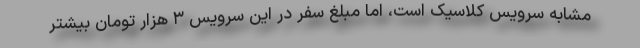
مشابه سرویس کلاسیک است، اما مبلغ سفر در این سرویس ۳ هزار تومان بیشتر